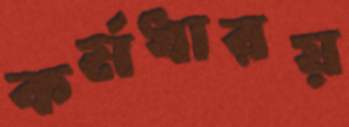
কর্মধারয়